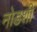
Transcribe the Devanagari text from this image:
नोडशी